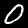
Label: 0